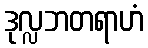
ဒုလ္လဘတရာဟံ